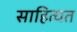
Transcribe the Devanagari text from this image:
साहित्यत